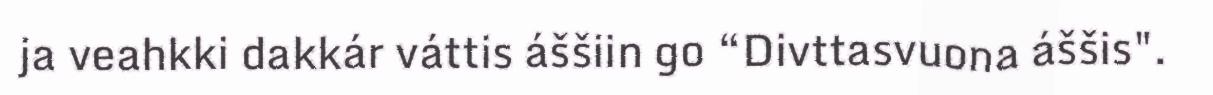
ja veahkki dakkár váttis áššiin go “Divttasvuona áššis".